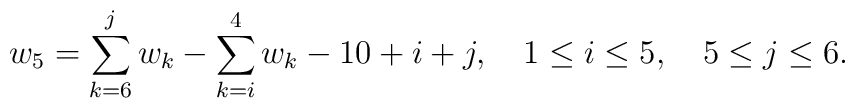
w_5 = \sum_{k=6}^{j} w_k -\sum_{k=i}^{4} w_k -10 + i +j,~~~1\leq i\leq 5,~~~ 5\leq j \leq 6.